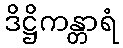
ဒိဋ္ဌိကန္တာရံ